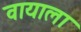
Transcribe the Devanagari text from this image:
वायाला